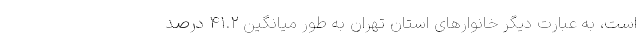
است، به عبارت دیگر خانوارهای استان تهران به طور میانگین ۴۱.۲ درصد